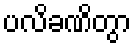
ပလိခဏိတွာ